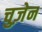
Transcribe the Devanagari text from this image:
चुज़ेन